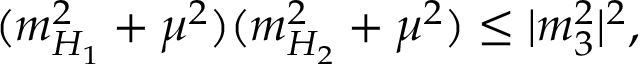
( m _ { H _ { 1 } } ^ { 2 } + \mu ^ { 2 } ) ( m _ { H _ { 2 } } ^ { 2 } + \mu ^ { 2 } ) \leq | m _ { 3 } ^ { 2 } | ^ { 2 } ,